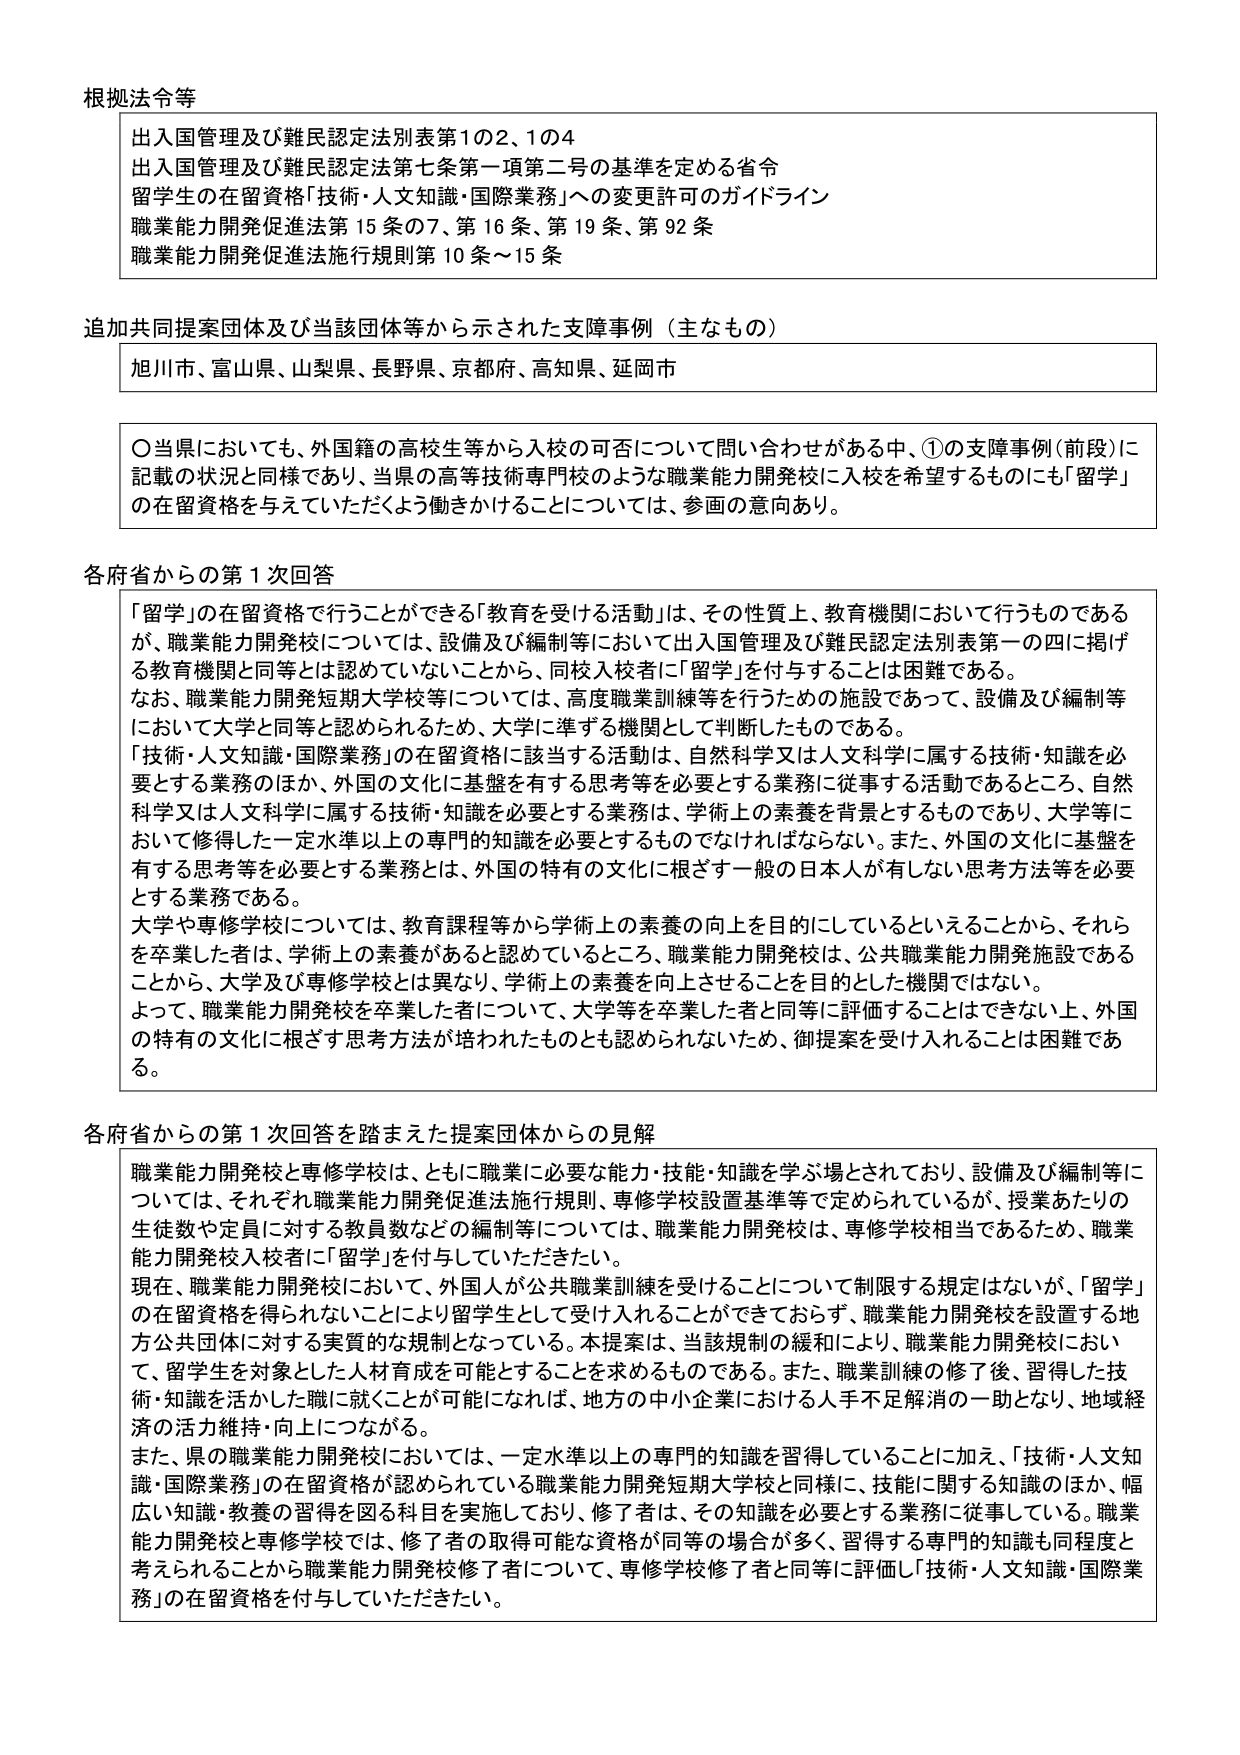
根拠法令等
出入国管理及び難民認定法別表第1の2、1の4
出入国管理及び難民認定法第七条第一項第二号の基準を定める省令
留学生の在留資格「技術・人文知識・国際業務」への変更許可のガイドライン
職業能力開発促進法第15条の7、第16条、第19条、第92条
職業能力開発促進法施行規則第10条～15条

追加共同提案団体及び当該団体等から示された支援事例（主なもの）
旭川市、富山県、山梨県、長野県、京都府、高知県、延岡市

〇当県においても、外国籍の高校生等から入校の可否について問い合わせがある中、①の支援事例（前段）に記載の状況と同様であり、当県の高等技術専門校のような職業能力開発校に入校を希望するものにも「留学」の在留資格を与えていただくよう働きかけることについては、参画の意向あり。

各府省からの第1次回答
「留学」の在留資格で行うことができる「教育を受ける活動」は、その性質上、教育機関において行うものであるが、職業能力開発校については、設備及び編制等において出入国管理及び難民認定法別表第一の四に掲げる教育機関と同等とは認めにくいことから、同校入校者に「留学」を付与することは困難である。
なお、職業能力開発短期大学校等については、高度職業訓練等を行うための施設であって、設備及び編制等において大学と同等と認められるため、大学に準ずる機関として判断したものである。
「技術・人文知識・国際業務」の在留資格に該当する活動は、自然科学又は人文科学に属する技術・知識を必要とする業務のほか、外国の文化に基盤を有する思考等を必要とする業務に従事する活動であるところ、自然科学又は人文科学に属する技術・知識を必要とする業務は、学術上の素養を背景とするものであり、大学等において修得した一定水準以上の専門的知識を必要とするものでなければならない。また、外国の文化に基盤を有する思考等を必要とする業務とは、外国の特有の文化に根ざす一般の日本人が有しない思考方法等を必要とする業務である。
大学や専修学校については、教育課程等から学術上の素養の向上を目的にしているといえることから、それらを卒業した者は、学術上の素養があると認めているところ、職業能力開発校は、公共職業能力開発施設であることから、大学及び専修学校とは異なり、学術上の素養を向上させることを目的とした機関ではない。
よって、職業能力開発校を卒業した者について、大学等を卒業した者と同等に評価することはできない上、外国の特有の文化に根ざす思考方法が培われたものとも認められないため、御提案を受け入れることは困難である。

各府省からの第1次回答を踏まえた提案団体からの見解
職業能力開発校と専修学校は、ともに職業に必要な能力・技能・知識を学ぶ場とされており、設備及び編制等については、それぞれ職業能力開発促進法施行規則、専修学校設置基準等で定められているが、授業あたりの生徒数や定員に対する教員数などの編制等については、職業能力開発校は、専修学校相当であるため、職業能力開発校入校者に「留学」を付与していただきたい。
現在、職業能力開発校において、外国人が公共職業訓練を受けることについて制限する規定はないが、「留学」の在留資格を得られないことにより留学生として受け入れることができておらず、職業能力開発校を設置する地方公共団体に対する実質的な規制となっている。本提案は、当該規制の緩和により、職業能力開発校において、留学生を対象とした人材育成が可能となることを求めるものである。また、職業訓練の修了後、習得した技術・知識を活かした職に就くことが可能になれば、地方の中小企業における人手不足解消の一助となり、地域経済の活力維持・向上につながる。
また、県の職業能力開発校においては、一定水準以上の専門的知識を習得していることに加え、「技術・人文知識・国際業務」の在留資格が認められている職業能力開発短期大学校と同様に、技能に関する知識のほか、幅広い知識・教養の習得を図る科目を実施しており、修了者は、その知識を必要とする業務に従事している。職業能力開発校と専修学校では、修了者の取得可能な資格が同等の場合が多く、習得する専門的知識も同程度と考えられることから職業能力開発校修了者について、専修学校修了者と同等に評価し「技術・人文知識・国際業務」の在留資格を付与していただきたい。